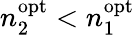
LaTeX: n_{2}^{\mathrm{opt}}<n_{1}^{\mathrm{opt}}